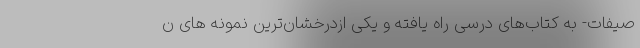
صیفات- به کتاب‌های درسی راه یافته و یکی ازدرخشان‌ترین نمونه های ن